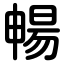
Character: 暢